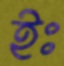
ইঃ